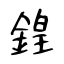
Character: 鍠